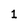
Character: 1